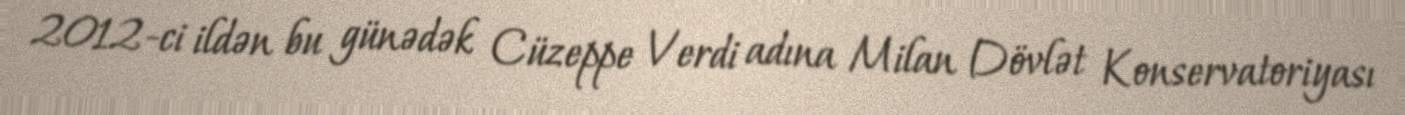
2012-ci ildən bu günədək Cüzeppe Verdi adına Milan Dövlət Konservatoriyası